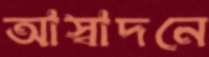
আস্বাদনে